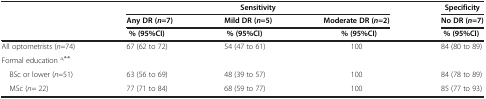
|  | <COLSPAN=3> Sensitivity | Specificity |
 |  | Any DR (n =7) | Mild DR (n =5) | Moderate DR (n =2) | No DR (n =7) |
 | --- | --- | --- | --- | --- |
 |  | % (95%CI) | % (95%CI) | % (95%CI) | % (95%CI) |
 | All optometrists (n=74) | 67 (62 to 72) | 54 (47 to 61) | 100 | 84 (80 to 89) |
 | Formal education a,** |  |  |  |  |
 | BSc or lower (n=51) | 63 (56 to 69) | 48 (39 to 57) | 100 | 84 (78 to 89) |
 | MSc (n= 22) | 77 (71 to 84) | 68 (59 to 77) | 100 | 85 (77 to 93) |